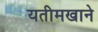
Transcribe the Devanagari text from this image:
यतीमखाने